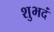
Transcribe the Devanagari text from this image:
शुभदं